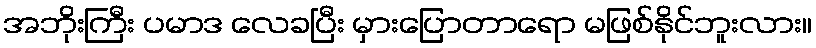
အဘိုးကြီး ပမာဒ လေခပြီး မှားပြောတာရော မဖြစ်နိုင်ဘူးလား။